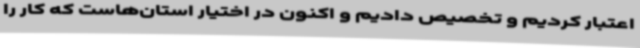
اعتبار کردیم و تخصیص دادیم و اکنون در اختیار استان‌هاست که کار را